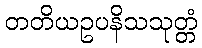
တတိယဥပနိသသုတ္တံ